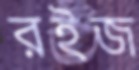
রইজ